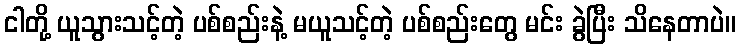
ငါတို့ ယူသွားသင့်တဲ့ ပစ်စည်းနဲ့ မယူသင့်တဲ့ ပစ်စည်းတွေ မင်း ခွဲပြီး သိနေတာပဲ။